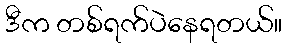
ဒီက တစ်ရက်ပဲနေရတယ်။